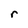
Character: r